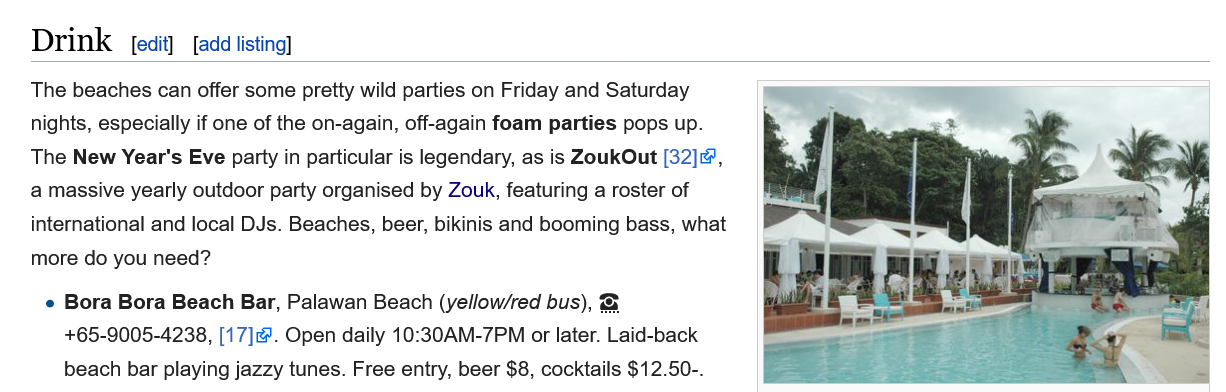
Drink    [edit] [add listing]
   The beaches can offer some pretty wild parties on Friday and Saturday
   nights, especially if one of the on-again, off-again foam parties pops up.
   The New  Year's Eve party in particular is legendary, as is ZoukOut [32],
   a massive yearly outdoor party organised by Zouk, featuring a roster of
   international and local DJs. Beaches, beer, bikinis and booming bass, what
   more do you need?
     e Bora Bora Beach Bar, Palawan Beach (yellow/red bus), &
     +65-9005-4238, [17]. Open daily 10:30AM-7PM or later. Laid-back
     beach bar playing jazzy tunes. Free entry, beer $8, cocktails $12.50-.